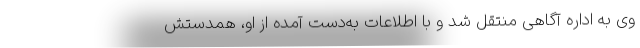
وی به اداره آگاهی منتقل شد و با اطلاعات به‌دست آمده از او، همدستش